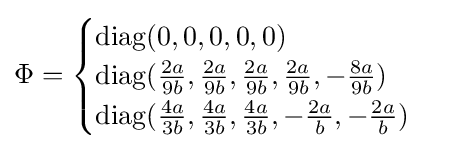
\Phi ={\begin{cases}\operatorname {diag} (0,0,0,0,0)\\\operatorname {diag} ({\frac {2a}{9b}},{\frac {2a}{9b}},{\frac {2a}{9b}},{\frac {2a}{9b}},-{\frac {8a}{9b}})\\\operatorname {diag} ({\frac {4a}{3b}},{\frac {4a}{3b}},{\frac {4a}{3b}},-{\frac {2a}{b}},-{\frac {2a}{b}})\end{cases}}